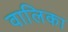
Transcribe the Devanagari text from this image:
वालिका